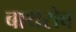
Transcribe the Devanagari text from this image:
बाथरोब